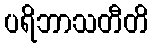
ပရိဘာသတီတိ